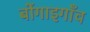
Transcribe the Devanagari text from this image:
बोंगाइगाँव